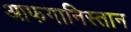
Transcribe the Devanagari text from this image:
आफगानिस्तान